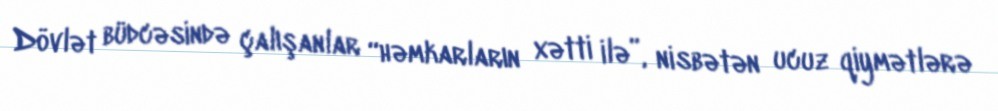
Dövlət büdcəsində çalışanlar “həmkarların xətti ilə”, nisbətən ucuz qiymətlərə